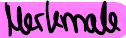
Merkmale